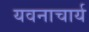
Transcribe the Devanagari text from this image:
यवनाचार्य